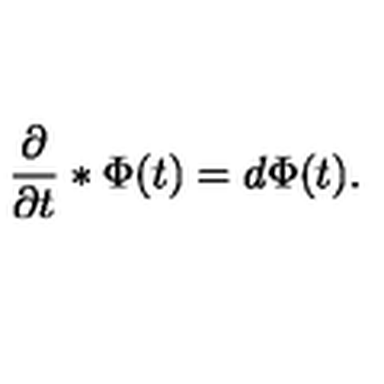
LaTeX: { \frac { \partial } { \partial t } } * \Phi ( t ) = d \Phi ( t ) .